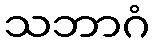
သဘာဂံ